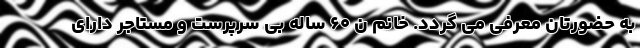
به حضورتان معرفی می گردد. خانم ن ۶۰ ساله بی سرپرست و مستاجر دارای